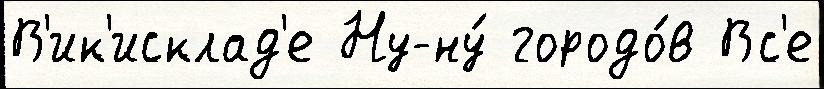
В'ик'исклад'е Ну-ну́ городо́в Вс'е